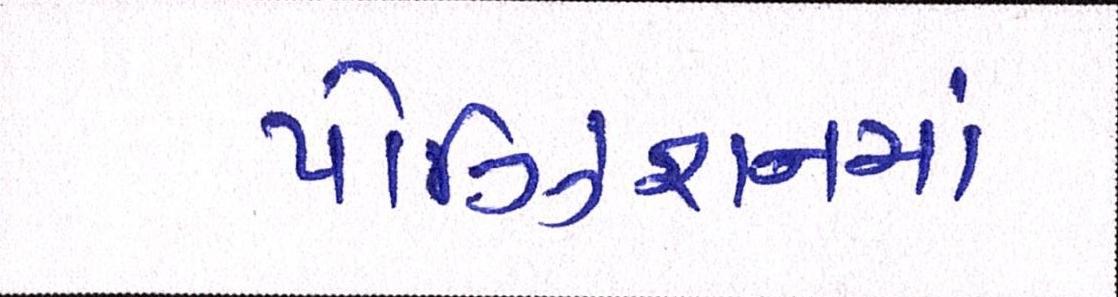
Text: પોઝિશનમાં